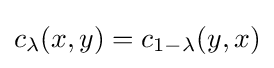
c_{\lambda }(x,y)=c_{1-\lambda }(y,x)